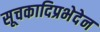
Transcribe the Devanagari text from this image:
सूचकादिप्रभेदेन